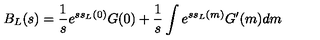
B _ { L } ( s ) = \frac { 1 } { s } e ^ { s s _ { L } ( 0 ) } G ( 0 ) + \frac { 1 } { s } \int e ^ { s s _ { L } ( m ) } G ^ { \prime } ( m ) d m